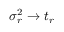
\sigma _ { r } ^ { 2 } \to t _ { r }